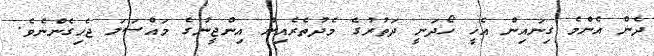
ދެން އެންމެ ގިނައިން އެހީ ހޯދަނީ ދަތުރުގެ މެދުތެރެއިން އިންޖީނުގެ މައްސަލަ ޖެހިގެންނެވެ.